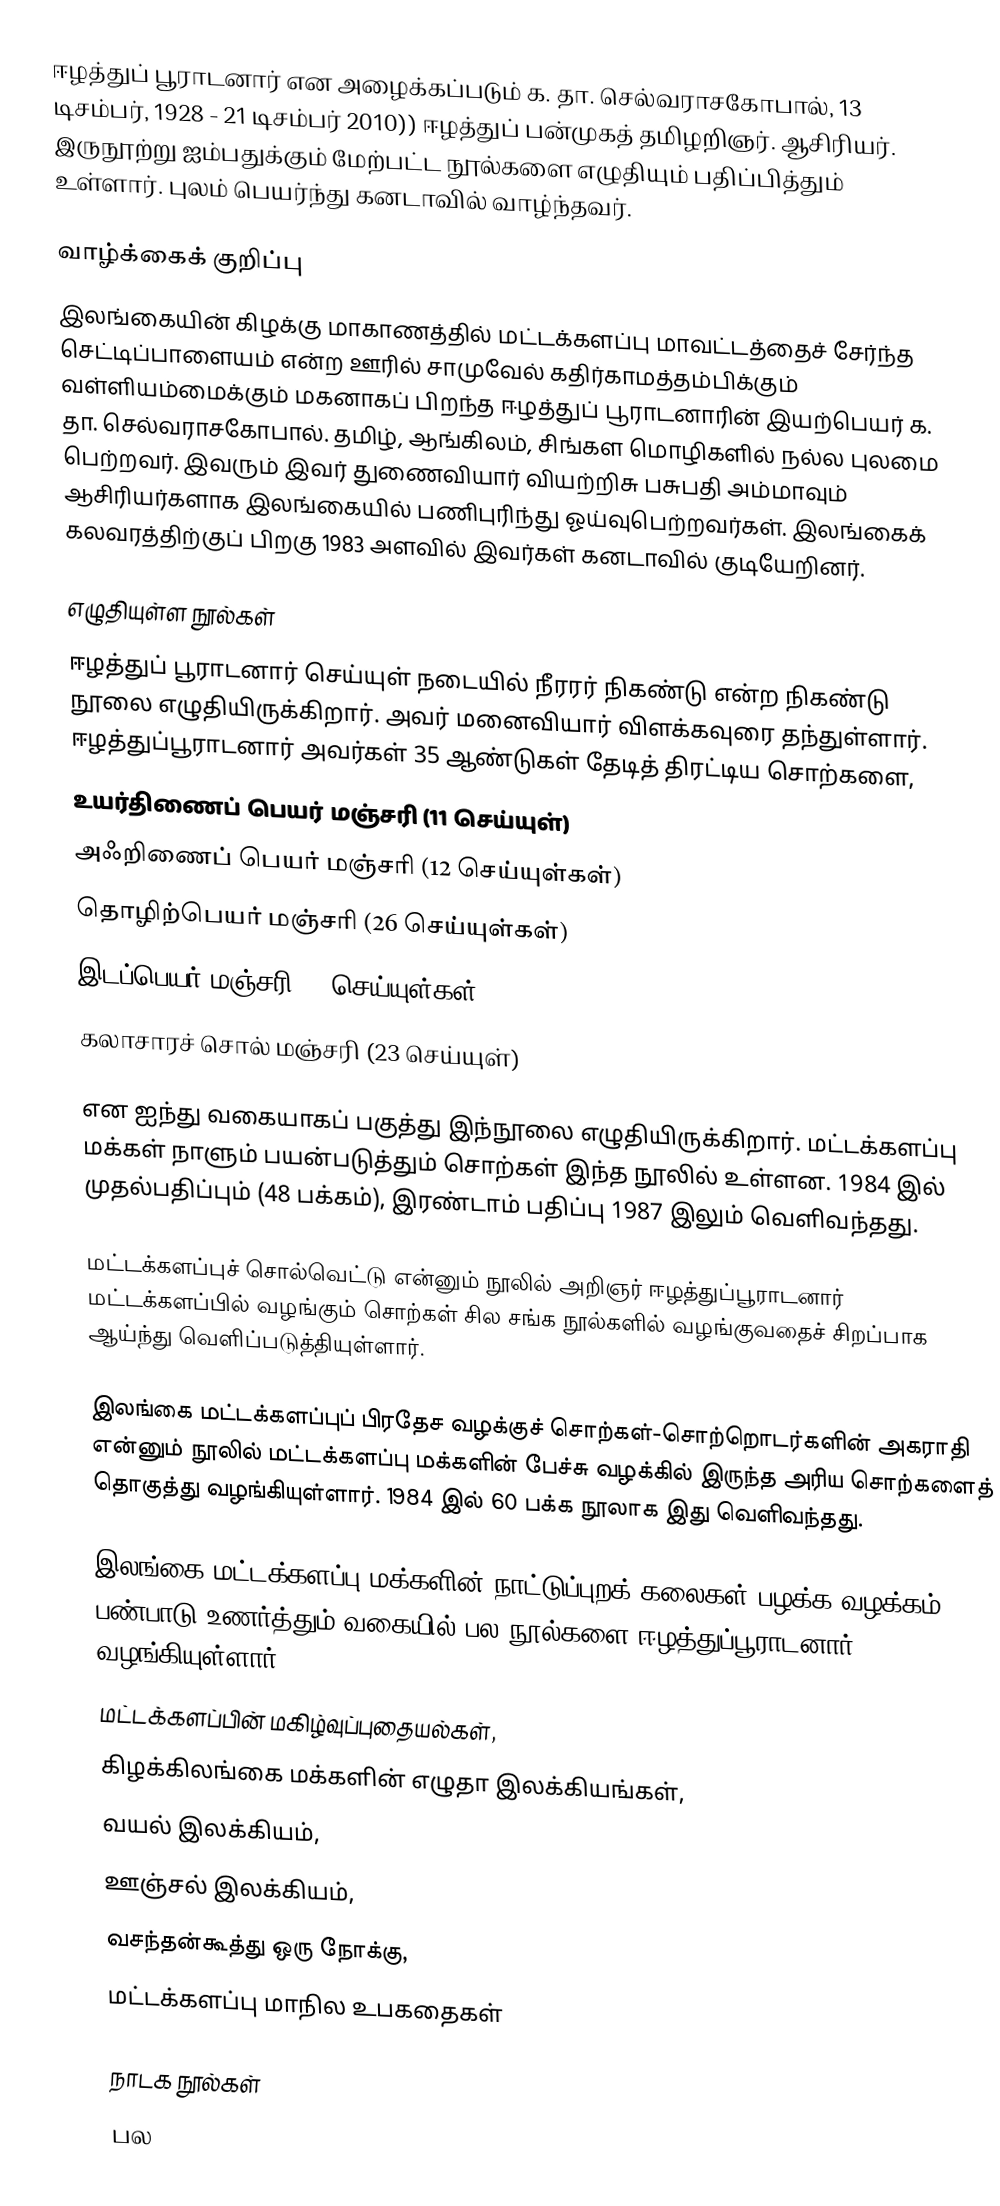
ஈழத்துப் பூராடனார் என அழைக்கப்படும் க. தா. செல்வராசகோபால், 13 டிசம்பர், 1928 - 21 டிசம்பர் 2010)) ஈழத்துப் பன்முகத் தமிழறிஞர். ஆசிரியர். இருநூற்று ஐம்பதுக்கும் மேற்பட்ட நூல்களை எழுதியும் பதிப்பித்தும் உள்ளார். புலம் பெயர்ந்து கனடாவில் வாழ்ந்தவர்.

வாழ்க்கைக் குறிப்பு
இலங்கையின் கிழக்கு மாகாணத்தில் மட்டக்களப்பு மாவட்டத்தைச் சேர்ந்த செட்டிப்பாளையம் என்ற ஊரில் சாமுவேல் கதிர்காமத்தம்பிக்கும் வள்ளியம்மைக்கும் மகனாகப் பிறந்த ஈழத்துப் பூராடனாரின் இயற்பெயர் க. தா. செல்வராசகோபால். தமிழ், ஆங்கிலம், சிங்கள மொழிகளில் நல்ல புலமை பெற்றவர். இவரும் இவர் துணைவியார் வியற்றிசு பசுபதி அம்மாவும் ஆசிரியர்களாக இலங்கையில் பணிபுரிந்து ஓய்வுபெற்றவர்கள். இலங்கைக் கலவரத்திற்குப் பிறகு 1983 அளவில் இவர்கள் கனடாவில் குடியேறினர்.

எழுதியுள்ள நூல்கள்
ஈழத்துப் பூராடனார் செய்யுள் நடையில் நீரரர் நிகண்டு என்ற நிகண்டு நூலை எழுதியிருக்கிறார். அவர் மனைவியார் விளக்கவுரை தந்துள்ளார். ஈழத்துப்பூராடனார் அவர்கள் 35 ஆண்டுகள் தேடித் திரட்டிய சொற்களை,
 உயர்திணைப் பெயர் மஞ்சரி (11 செய்யுள்)
 அஃறிணைப் பெயர் மஞ்சரி (12 செய்யுள்கள்)
 தொழிற்பெயர் மஞ்சரி (26 செய்யுள்கள்)
 இடப்பெயர் மஞ்சரி (9 செய்யுள்கள்)
 கலாசாரச் சொல் மஞ்சரி (23 செய்யுள்)

என ஐந்து வகையாகப் பகுத்து இந்நூலை எழுதியிருக்கிறார். மட்டக்களப்பு மக்கள் நாளும் பயன்படுத்தும் சொற்கள் இந்த நூலில் உள்ளன. 1984 இல் முதல்பதிப்பும் (48 பக்கம்), இரண்டாம் பதிப்பு 1987 இலும் வெளிவந்தது.

மட்டக்களப்புச் சொல்வெட்டு என்னும் நூலில் அறிஞர் ஈழத்துப்பூராடனார் மட்டக்களப்பில் வழங்கும் சொற்கள் சில சங்க நூல்களில் வழங்குவதைச் சிறப்பாக ஆய்ந்து வெளிப்படுத்தியுள்ளார்.

இலங்கை மட்டக்களப்புப் பிரதேச வழக்குச் சொற்கள்-சொற்றொடர்களின் அகராதி என்னும் நூலில் மட்டக்களப்பு மக்களின் பேச்சு வழக்கில் இருந்த அரிய சொற்களைத் தொகுத்து வழங்கியுள்ளார். 1984 இல் 60 பக்க நூலாக இது வெளிவந்தது.

இலங்கை மட்டக்களப்பு மக்களின் நாட்டுப்புறக் கலைகள்,பழக்க வழக்கம் பண்பாடு உணர்த்தும் வகையில் பல நூல்களை ஈழத்துப்பூராடனார் வழங்கியுள்ளார்.
மட்டக்களப்பின் மகிழ்வுப்புதையல்கள்,
கிழக்கிலங்கை மக்களின் எழுதா இலக்கியங்கள்,
வயல் இலக்கியம்,
ஊஞ்சல் இலக்கியம்,
வசந்தன்கூத்து ஒரு நோக்கு,
மட்டக்களப்பு மாநில உபகதைகள்

நாடக நூல்கள்
பல